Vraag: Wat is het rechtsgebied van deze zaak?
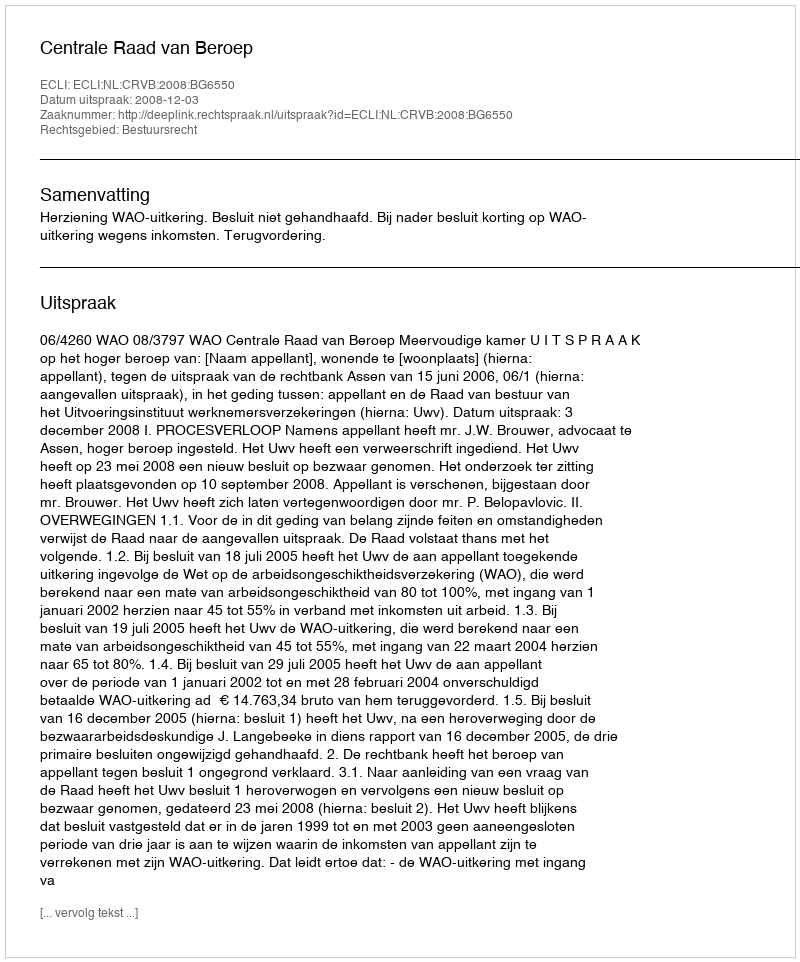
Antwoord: Bestuursrecht